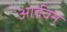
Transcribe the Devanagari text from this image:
आर्द्रवन